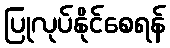
ပြုလုပ်နိုင်စေရန်